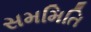
સમમિતિ